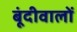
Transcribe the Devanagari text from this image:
बूंदीवालों